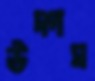
উদ্গম